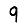
Digit: 9